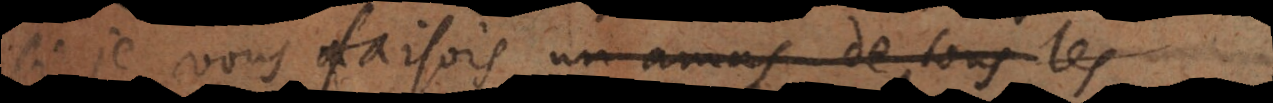
i je vous faisois un amas de tous les